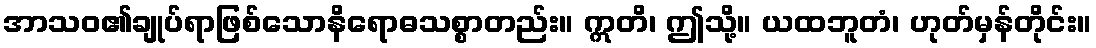
အာသဝ၏ချုပ်ရာဖြစ်သောနိရောဓသစ္စာတည်း။ ဣတိ၊ ဤသို့။ ယထဘူတံ၊ ဟုတ်မှန်တိုင်း။